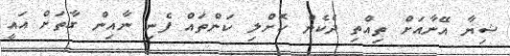
ޝިޔާ އޭނާއަށް ތިއްތި ދެކެން ކޮށްލި ކަންތައް ފެނި ނާއިން ގާތަށް އައީ